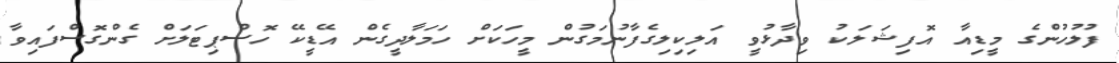
ފުލުހުންގެ މީޑިއާ އޮފިޝަލަކު ވިދާޅުވީ އަލިކިލިގެފާނުމަގުން މީހަކަށް ހަމަލާދީގެން އޭޑީކޭ ހޮސްޕިޓަލަށް ގެންގޮސްފައިވާ